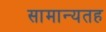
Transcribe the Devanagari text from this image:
सामान्यतह